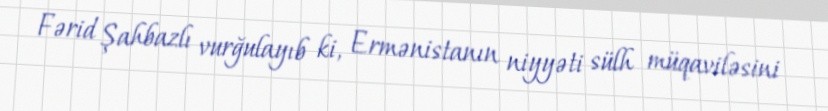
Fərid Şahbazlı vurğulayıb ki, Ermənistanın niyyəti sülh müqaviləsini